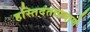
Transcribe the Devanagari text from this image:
हस्तिदंताप्रमाणे